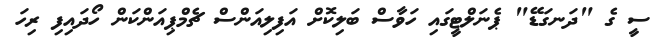
ސީ ގެ "ދަނގަޑޭ" ޕެނަލްޓީގައި ހަވާސް ބަލިކޮށް އަފިލިއަންސް ޗެމްޕިއަންކަން ހޯދައިފި ރިހަ